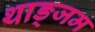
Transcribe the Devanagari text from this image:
थाङ्जम